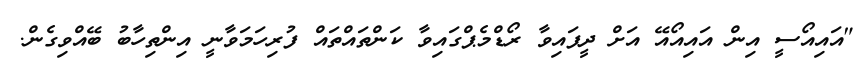
"އައިއޯސީ އިން އައިއޯއޭ އަށް ދީފައިވާ ރޯޑްމެޕްގައިވާ ކަންތައްތައް ފުރިހަމަވާނީ އިންތިހާބު ބޭއްވިގެން.